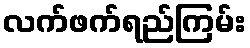
လက်ဖက်ရည်ကြမ်း